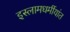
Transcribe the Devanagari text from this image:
इस्लामधर्मीयांत